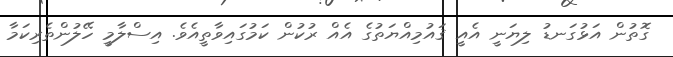
ގޮތުން އަޅުގަނޑު ލިޔަނީ އެއީ ޤައުމިއްޔަތުގެ އެއް ރުކުން ކަމުގައިވާތީއެވެ. އިސްލާމީ ހޭލުންތެރިކަމާ